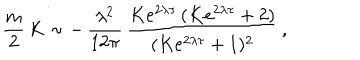
LaTeX: \frac { m } { 2 } \, \dot { K } \sim - \, \frac { \lambda ^ { 2 } } { 1 2 \pi } \, \frac { K e ^ { 2 \lambda \tau } \, ( K e ^ { 2 \lambda \tau } + 2 ) } { ( K e ^ { 2 \lambda \tau } + 1 ) ^ { 2 } } \, ,